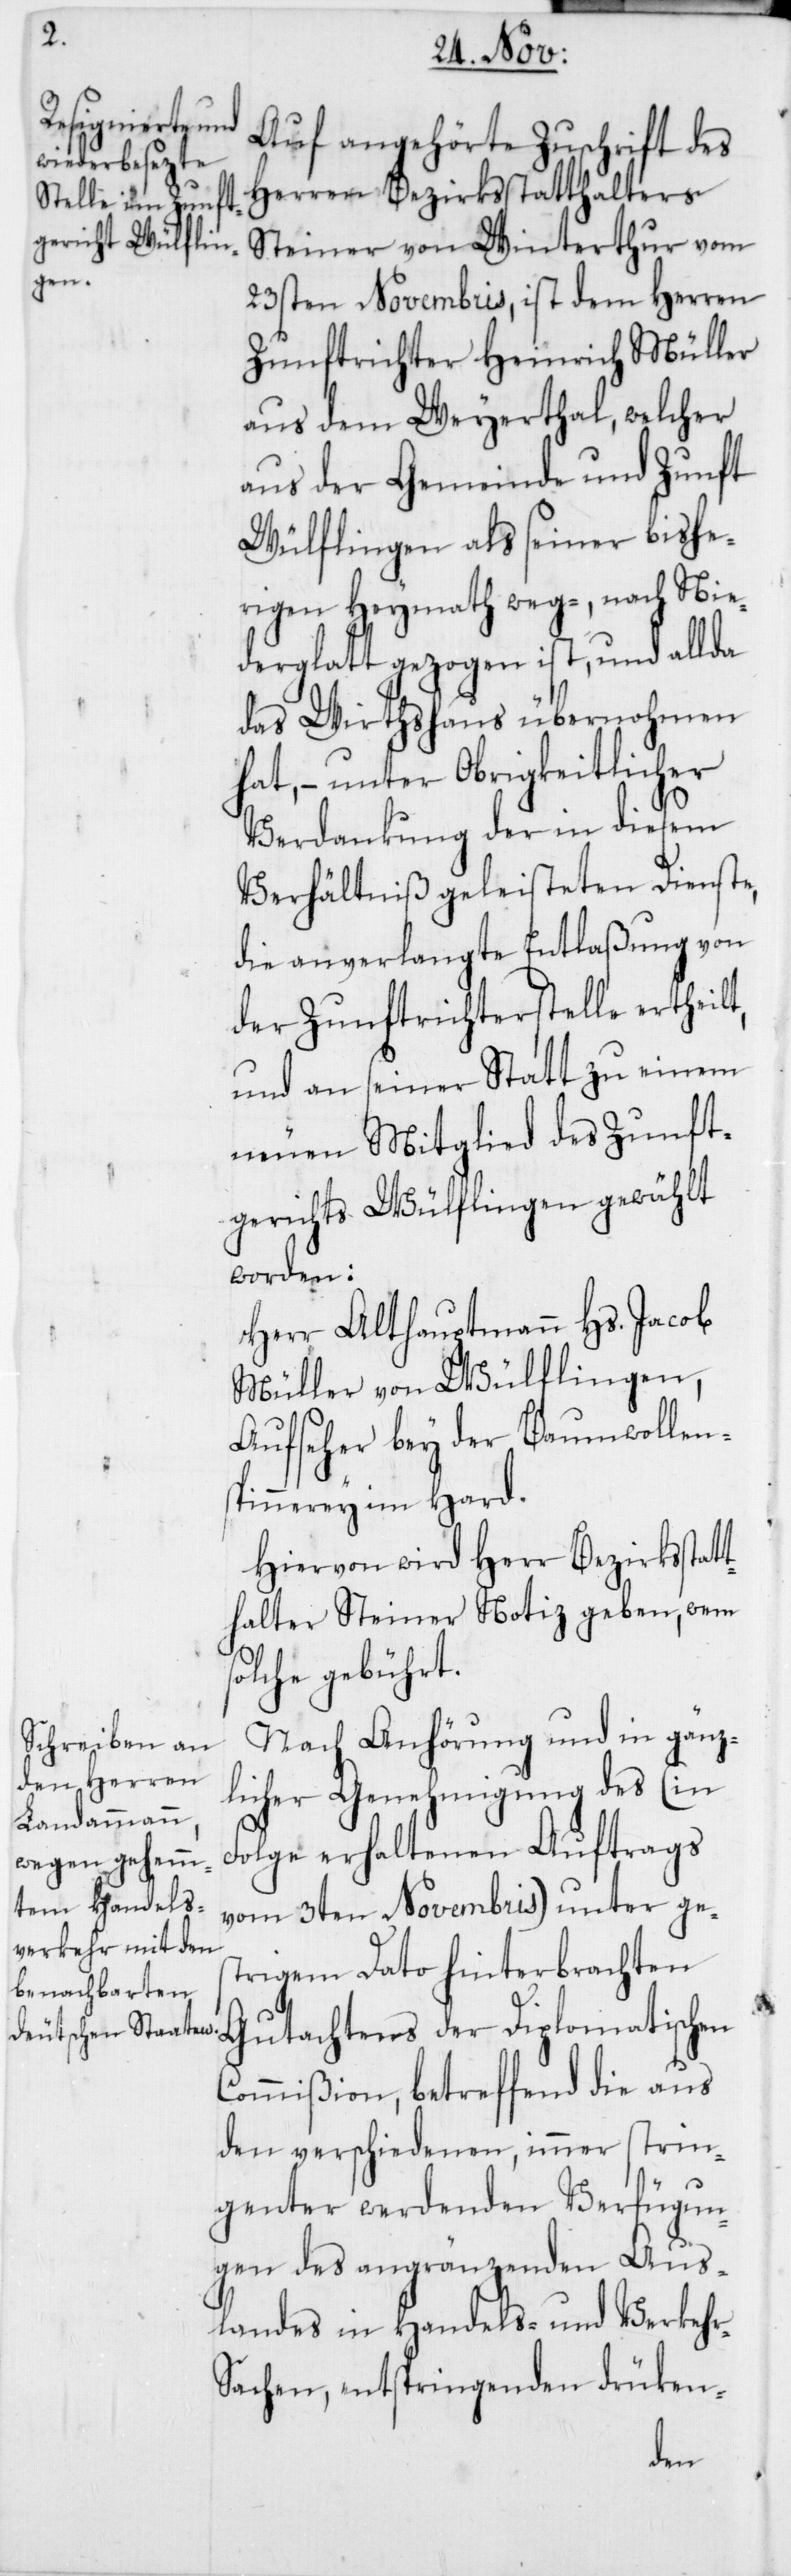
Auf angehörte Zuschrift des
Herren Bezirksstatthalters
Steiner von Winterthur vom
23sten Novembris, ist dem Herren
Zunftrichter Heinrich Müller
aus dem Weyerthal, welcher
aus der Gemeinde und Zunft
Wülflingen als seiner bishe¬
rigen Heymath weg-, nach Nie¬
derglatt gezogen ist, und allda
das Wirthshaus übernohmen
hat, – unter Obrigkeitlicher
Verdankung der in diesem
Verhältniß geleisteten Dienste,
die anverlangte Entlaßung von
der Zunftrichterstelle ertheilt,
und an seiner Statt zu einem
neuen Mitglied des Zunft¬
gerichts Wülflingen gewählt
worden:
Herr Alt Hauptmann Hs. Jacob
Müller von Wülflingen,
Aufseher bey der Baumwollen¬
spinnerey im Hard.
Hiervon wird Herr Bezirksstatt¬
halter Steiner Notiz geben, wem
solche gebührt.
Nach Anhörung und in gänz¬
licher Genehmigung des (in
Folge erhaltenen Auftrags
vom 3ten Novembris) unter ges¬
trigem Dato hinterbrachten
Gutachtens der Diplomatischen
Commißion, betreffend die aus
den verschiedenen, immer stin¬
genter werdenden Verfügun¬
gen des angränzenden Aus¬
landes in Handel- und Verkehrs¬
sachen, entspringenden drücken-